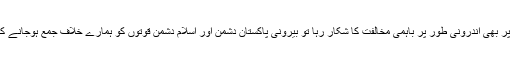
اگرپاکستان اس معاملے پر بھی اندرونی طور پر باہمی مخالفت کا شکار رہا تو بیرونی پاکستان دشمن اور اسلام دشمن قوتوں کو ہمارے خلاف جمع ہوجانے کا موقعہ میسر آجائے گا۔